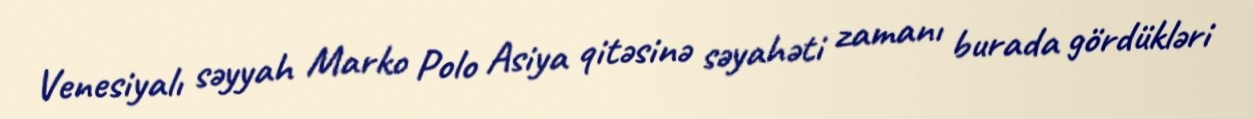
Venesiyalı səyyah Marko Polo Asiya qitəsinə səyahəti zamanı burada gördükləri